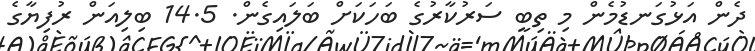
ދެން އަޅުގަނޑުމެން މި ތިބީ ސަރުކާރުގެ ބަހަކަށް ބަލައިގެން. 14.5 ބިލިއަން ރުފިޔާގެ